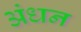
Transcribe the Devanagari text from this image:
अंधन